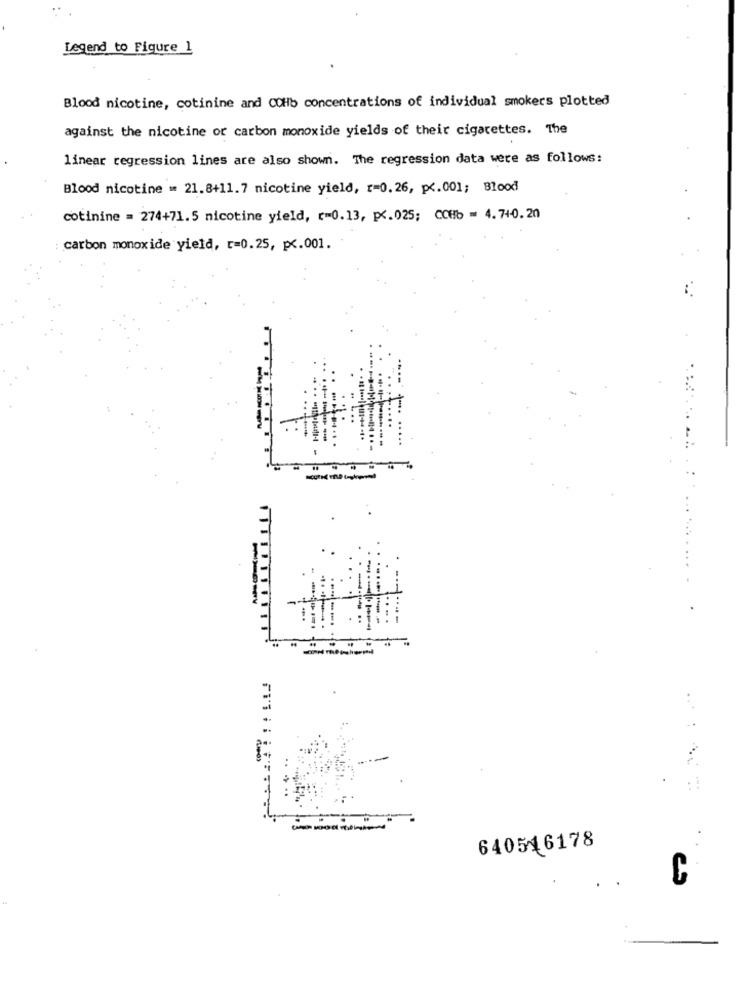
Legend to Figure 1
Blood nicotine, cotinine and COHb concentrations of individual smokers plotted
against the nicotine or carbon monoxide yields of their cigarettes. The
linear regression lines are also shown. The regression data were as follows:
Blood nicotine = 21.8+11.7 nicotine yield, r=0.26, p <. 001; Blood
cotinine = 274+71.5 nicotine yield, r=0.13, p <. 025; COHb = 4.740.20
carbon monoxide yield, r=0.25, p <. 001.
640516178
C